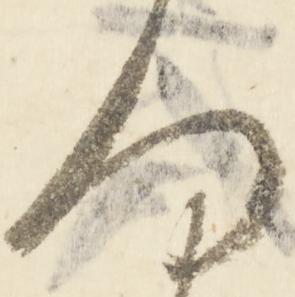
問